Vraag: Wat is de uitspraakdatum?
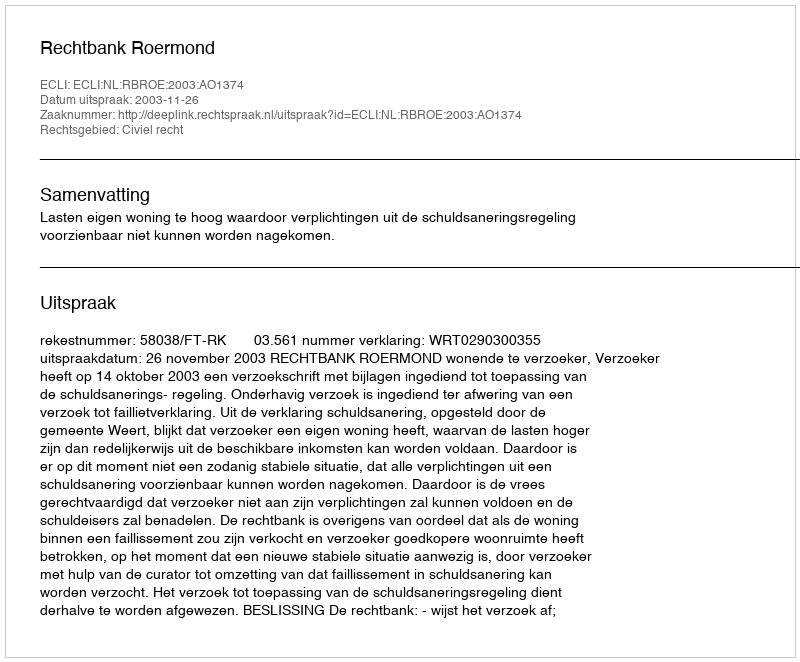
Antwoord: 2003-11-26